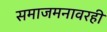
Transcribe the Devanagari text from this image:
समाजमनावरही